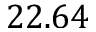
2 2 . 6 4